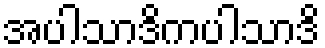
အပါသာဒိကပါသာဒိ